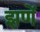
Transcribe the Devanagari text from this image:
झणें